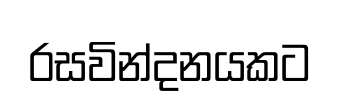
රසවින්දනයකට